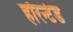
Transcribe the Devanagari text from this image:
हॉरन्टेड